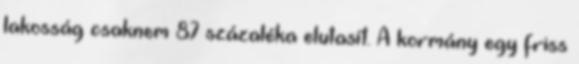
lakosság csaknem 87 százaléka elutasít. A kormány egy friss